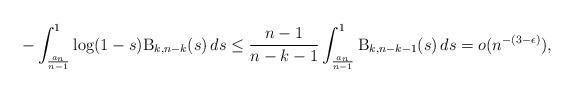
LaTeX: \begin{align*}-\int_{\frac{a_n}{n-1}}^1 \log(1-s)\mathrm{B}_{k,n-k}(s) \, ds \leq \frac{n-1}{n-k-1} \int_{\frac{a_n}{n-1}}^1 \mathrm{B}_{k,n-k-1}(s) \, ds = o(n^{-(3-\epsilon)}),\end{align*}